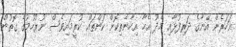
އަހަރެން އޭނާގެ ދަރިފުޅާއި މެދު އެހާ އިހާނެތިކޮށް ކަންތައް ކުރީމައިވެސް ނުރުހުމުގެ ގޮތުން